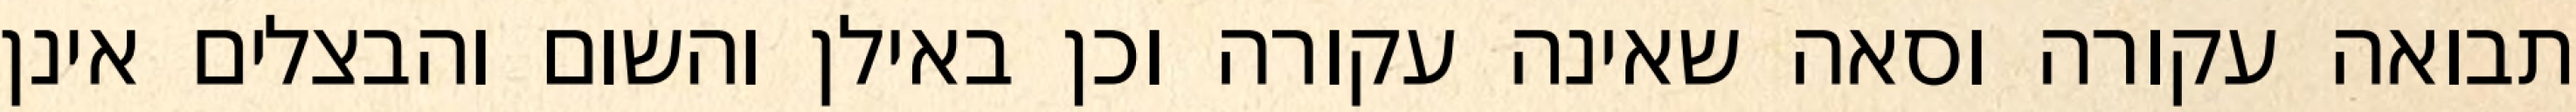
תבואה עקורה וסאה שאינה עקורה וכן באילן והשום והבצלים אינן